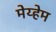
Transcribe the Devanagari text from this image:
मेय्हेम